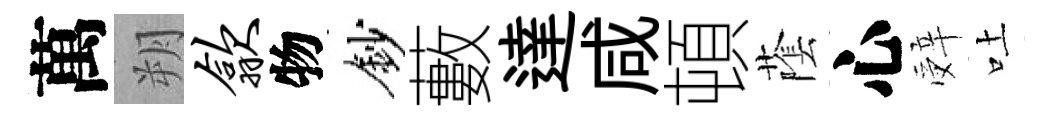
萬朔歙物鈔藪達咸頓䕃心辤吐